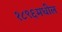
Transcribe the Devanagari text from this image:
१८९६मधील